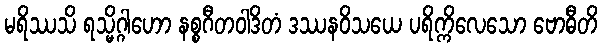
မရိဿသိ ရသ္မိဂ္ဂါဟော နစ္စဂီတဝါဒိတံ ဒဿနဝိသယေ ပရိက္ကိလေသော ဗောဓီတိ